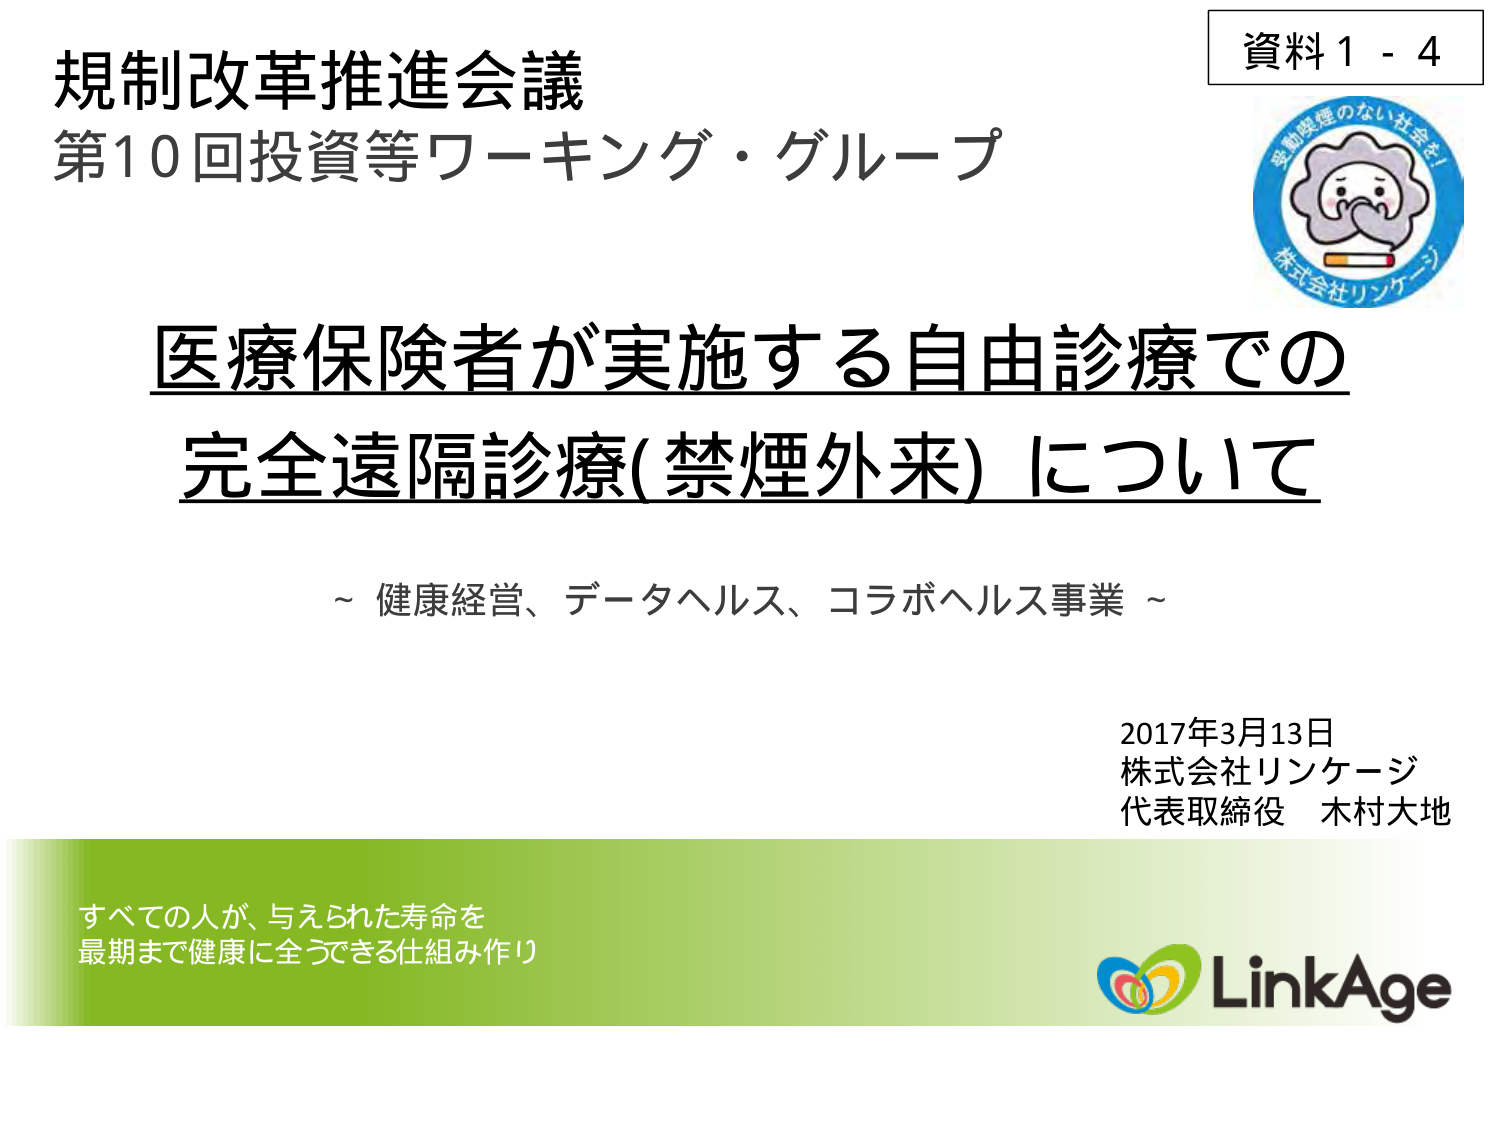
規制改革推進会議
第10回投資等ワーキング・グループ

資料1 - 4

医療保険者が実施する自由診療での
完全遠隔診療(禁煙外来)について

～ 健康経営、データヘルス、コラボヘルス事業 ～

2017年3月13日
株式会社リンケージ
代表取締役 木村大地

すべての人が、与えられた寿命を
最期まで健康に全うできる仕組み作り

LinkAge

受動喫煙のない社会を！
株式会社リンケージ